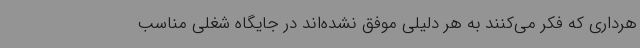
هرداری که فکر می‌کنند به هر دلیلی موفق نشده‌اند در جایگاه شغلی مناسب